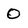
Character: O